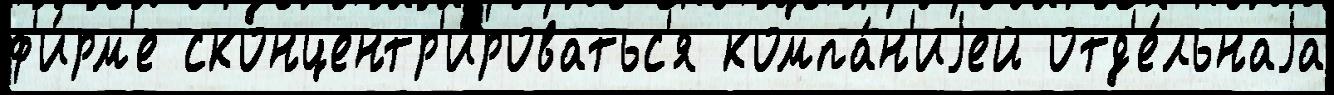
ф'и́рм'е сконцентр'и́роватьс'я компа́н'иjей отд'е́льнаjа